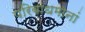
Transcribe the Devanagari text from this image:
परिबाधमानां